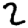
Digit: 2